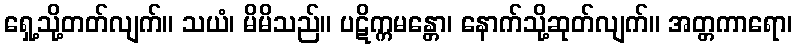
ရှေ့သို့တတ်လျက်။ သယံ၊ မိမိသည်။ ပဋိက္ကမန္တော၊ နောက်သို့ဆုတ်လျက်။ အတ္တကာရော၊